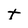
Character: t